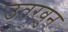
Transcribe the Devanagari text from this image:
उतरवुन